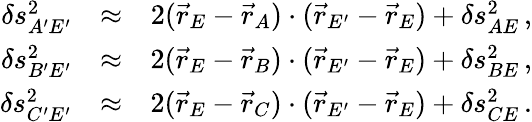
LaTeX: \begin{array}{rlr}{\delta s_{A^{\prime}E^{\prime}}^{2}}&{\approx}&{2(\vec{r}_{E}-\vec{r}_{A})\cdot(\vec{r}_{E^{\prime}}-\vec{r}_{E})+\delta s_{AE}^{2}\, ,}\\ {\delta s_{B^{\prime}E^{\prime}}^{2}}&{\approx}&{2(\vec{r}_{E}-\vec{r}_{B})\cdot(\vec{r}_{E^{\prime}}-\vec{r}_{E})+\delta s_{BE}^{2}\, ,}\\ {\delta s_{C^{\prime}E^{\prime}}^{2}}&{\approx}&{2(\vec{r}_{E}-\vec{r}_{C})\cdot(\vec{r}_{E^{\prime}}-\vec{r}_{E})+\delta s_{CE}^{2}\, .}\end{array}